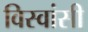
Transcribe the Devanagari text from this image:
विस्‍वांसी